Civil Veterinary Department Bengal reports 1933-51 - 1933-1951
Year: 1933
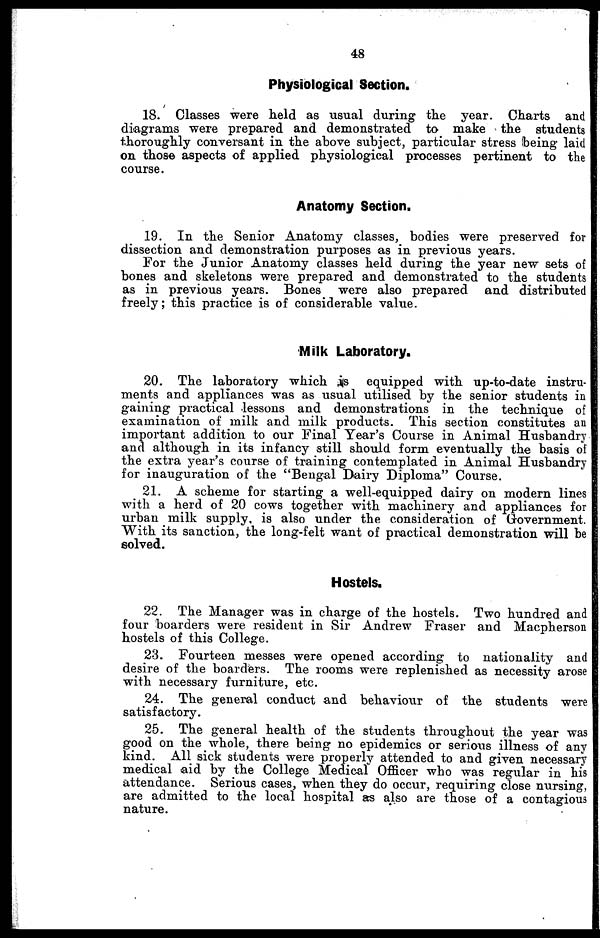
48
Physiological Section.
18. Classes were held as usual during the year. Charts and
diagrams were prepared and demonstrated to make the students
thoroughly conversant in the above subject, particular stress being laid
on those aspects of applied physiological processes pertinent to the
course.
Anatomy Section.
19. In the Senior Anatomy classes, bodies were preserved for
dissection and demonstration purposes as in previous years.
For the Junior Anatomy classes held during the year new sets of
bones and skeletons were prepared and demonstrated to the students
as in previous years. Bones were also prepared and distributed
freely; this practice is of considerable value.
Milk Laboratory.
20. The laboratory which is equipped with up-to-date instru-
ments and appliances was as usual utilised by the senior students in
gaining practical lessons and demonstrations in the technique of
examination of milk and milk products. This section constitutes an
important addition to our Final Year's Course in Animal Husbandry
and although in its infancy still should form eventually the basis of
the extra year's course of training contemplated in Animal Husbandry
for inauguration of the "Bengal Dairy Diploma" Course.
21. A scheme for starting a well-equipped dairy on modern lines
with a herd of 20 cows together with machinery and appliances for
urban milk supply, is also under the consideration of Government.
With its sanction, the long-felt want of practical demonstration will he
solved.
Hostels.
22. The Manager was in charge of the hostels. Two hundred and
four boarders were resident in Sir Andrew Fraser and Macpherson
hostels of this College.
23. Fourteen messes were opened according to nationality and
desire of the boarders. The rooms were replenished as necessity arose
with necessary furniture, etc.
24. The general conduct and behaviour of the students were
satisfactory.
25. The general health of the students throughout the year was
good on the whole, there being no epidemics or serious illness of any
kind. All sick students were properly attended to and given necessary
medical aid by the College Medical Officer who was regular in his
attendance. Serious cases, when they do occur, requiring close nursing,
are admitted to the local hospital as also are those of a contagious
nature.